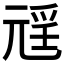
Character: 𭀩